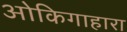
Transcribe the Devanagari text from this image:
ओकिगाहारा